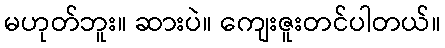
မဟုတ်ဘူး။ ဆားပဲ။ ကျေးဇူးတင်ပါတယ်။